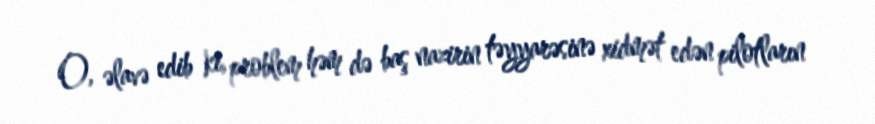
O, əlavə edib ki, problem həm də baş nazirin təyyarəsinə xidmət edən pilotların